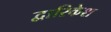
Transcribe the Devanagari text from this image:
द्वारिकेश